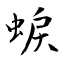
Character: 蜧